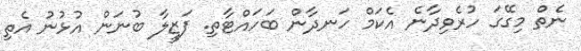
ނެތް މިގޭގަ ހުރެވިދާނެ އެކަމް ހަނދާން ބަހައްޓާތި. ފަޒީލާ ބުނަން އުޅުނު އެތި